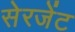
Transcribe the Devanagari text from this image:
सेरजेंट